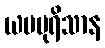
ယမပုရိသာန